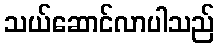
သယ်ဆောင်လာပါသည်